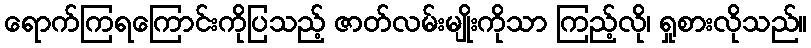
ရောက်ကြရကြောင်းကိုပြသည့် ဇာတ်လမ်းမျိုးကိုသာ ကြည့်လို၊ ရှုစားလိုသည်။